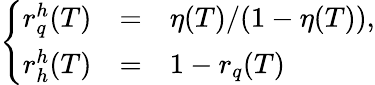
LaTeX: \left\{ \begin{array}{rcl}{{r_{q}^{h}(T)}}&{{=}}&{{\eta(T)/(1-\eta(T)),}}\\ {{r_{h}^{h}(T)}}&{{=}}&{{1-r_{q}(T)}}\end{array}\right.